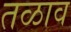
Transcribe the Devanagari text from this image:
तळाव